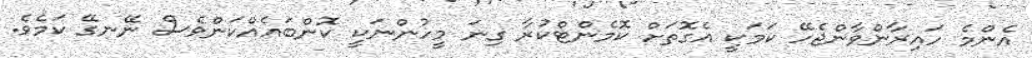
އެންމެ ހައިރާންވާންޖެހޭ ކަމަކީ އެގޮތަށް ކޮމެންޓްކުރާ ގިނަ މީހުންނަކީ ކޮންބައެއްކަންވެސް ނޭނގޭ ކަމެވެ.